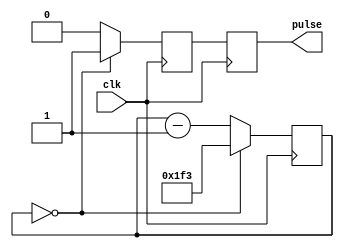
module async_pulse_generator(
    input clk,
    output reg pulse
);

reg [11:0] counter;
reg sync_pulse;

always @(posedge clk) begin
    // Clock divider to generate desired pulse width
    if (counter == 0) begin
        sync_pulse <= 1;
        counter <= 499; // Adjust value to desired pulse width
    end else begin
        sync_pulse <= 0;
        counter <= counter - 1;
    end
end

always @(posedge clk) begin
    // Synchronization block to align output pulses with rising edge of clock signal
    pulse <= sync_pulse;
end

endmodule